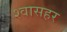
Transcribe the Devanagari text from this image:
श्वासहर